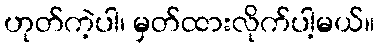
ဟုတ်ကဲ့ပါ၊ မှတ်ထားလိုက်ပါ့မယ်။